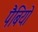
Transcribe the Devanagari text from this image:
पैबियो